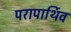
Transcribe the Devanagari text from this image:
परापार्थिव